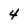
Character: 4